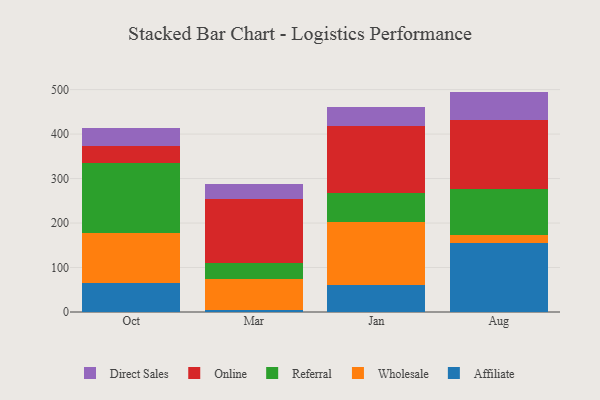
{"axis": {"x": "Month", "y": "LTV (USD)"}, "legend": ["Affiliate", "Direct Sales", "Online", "Referral", "Wholesale"], "data": [{"x": "Oct", "y": 66.3, "type": "Affiliate"}, {"x": "Oct", "y": 110.2, "type": "Wholesale"}, {"x": "Oct", "y": 158.9, "type": "Referral"}, {"x": "Oct", "y": 38.9, "type": "Online"}, {"x": "Oct", "y": 39.6, "type": "Direct Sales"}, {"x": "Mar", "y": 5.5, "type": "Affiliate"}, {"x": "Mar", "y": 68.6, "type": "Wholesale"}, {"x": "Mar", "y": 37.1, "type": "Referral"}, {"x": "Mar", "y": 142.8, "type": "Online"}, {"x": "Mar", "y": 33.0, "type": "Direct Sales"}, {"x": "Jan", "y": 59.6, "type": "Affiliate"}, {"x": "Jan", "y": 143.5, "type": "Wholesale"}, {"x": "Jan", "y": 64.8, "type": "Referral"}, {"x": "Jan", "y": 150.8, "type": "Online"}, {"x": "Jan", "y": 41.4, "type": "Direct Sales"}, {"x": "Aug", "y": 155.3, "type": "Affiliate"}, {"x": "Aug", "y": 17.0, "type": "Wholesale"}, {"x": "Aug", "y": 105.0, "type": "Referral"}, {"x": "Aug", "y": 154.5, "type": "Online"}, {"x": "Aug", "y": 63.7, "type": "Direct Sales"}]}